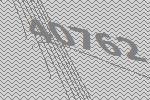
40762